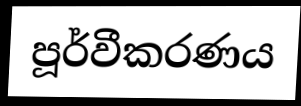
පූර්වීකරණය